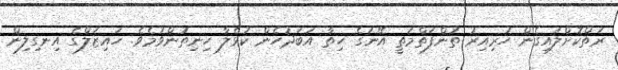
ރަތްކޮށްލައިގެން ހުރިއިރު ތުންފަތްމަތީ އޭނަގެ ހިތާ އަބަދުހެން ކުޅެލާ ހިނިތުންވުމެވެ. ހައިޒަލްގެ އިނގިލިން